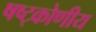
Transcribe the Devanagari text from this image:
षष्ट्कोणीय